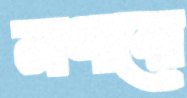
নগরে